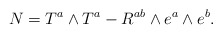
\begin{align*}N=T^a\wedge T^a-R^{ab}\wedge e^a\wedge e^b.\end{align*}